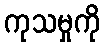
ကုသမှုကို